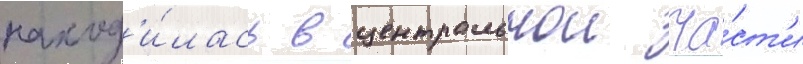
наход'и́лась в центральнои ча́ст'и